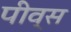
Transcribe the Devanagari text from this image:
पीव्स